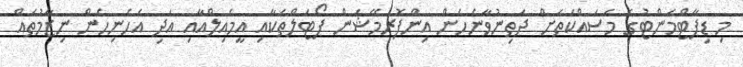
މި ޑިޕާޓްމަންޓުގެ މަސައްކަތަށް ދަތިނުވާނެހެން އިންފޮރމޭޝަން ޕޯޓަލްތަކާއި އީމެއިލްއާއި އަދި އެހެނިހެން ނިޒާމުތައް